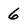
Character: 6